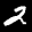
Label: 2